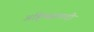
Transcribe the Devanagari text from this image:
अहि्मसावादी